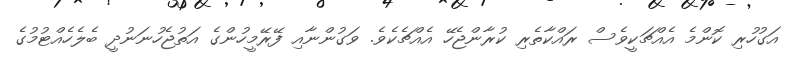
އަގުހުރި ކޮންމެ އެއްޗަކީވެސް ރައްކާތެރި ކުރާންޖެހޭ އެއްޗެކެވެ. ވަގުންނާއި ފޭރޭމީހުންގެ އަތުޖެހުނަނުދީ ބެލެހެއްޓުމުގެ